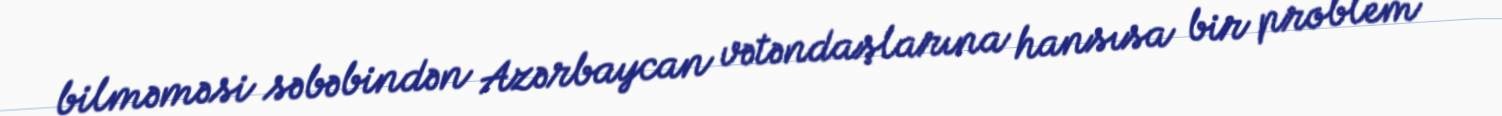
bilməməsi səbəbindən Azərbaycan vətəndaşlarına hansısa bir problem